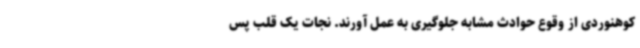
کوهنوردی از وقوع حوادث مشابه جلوگیری به عمل آورند. نجات یک قلب پس